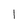
Character: l